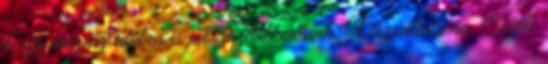
hogy még az időben is jól gazdálkodtunk. Viszontlátásra. Tüttő